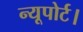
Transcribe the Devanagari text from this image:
न्यूपोर्ट।